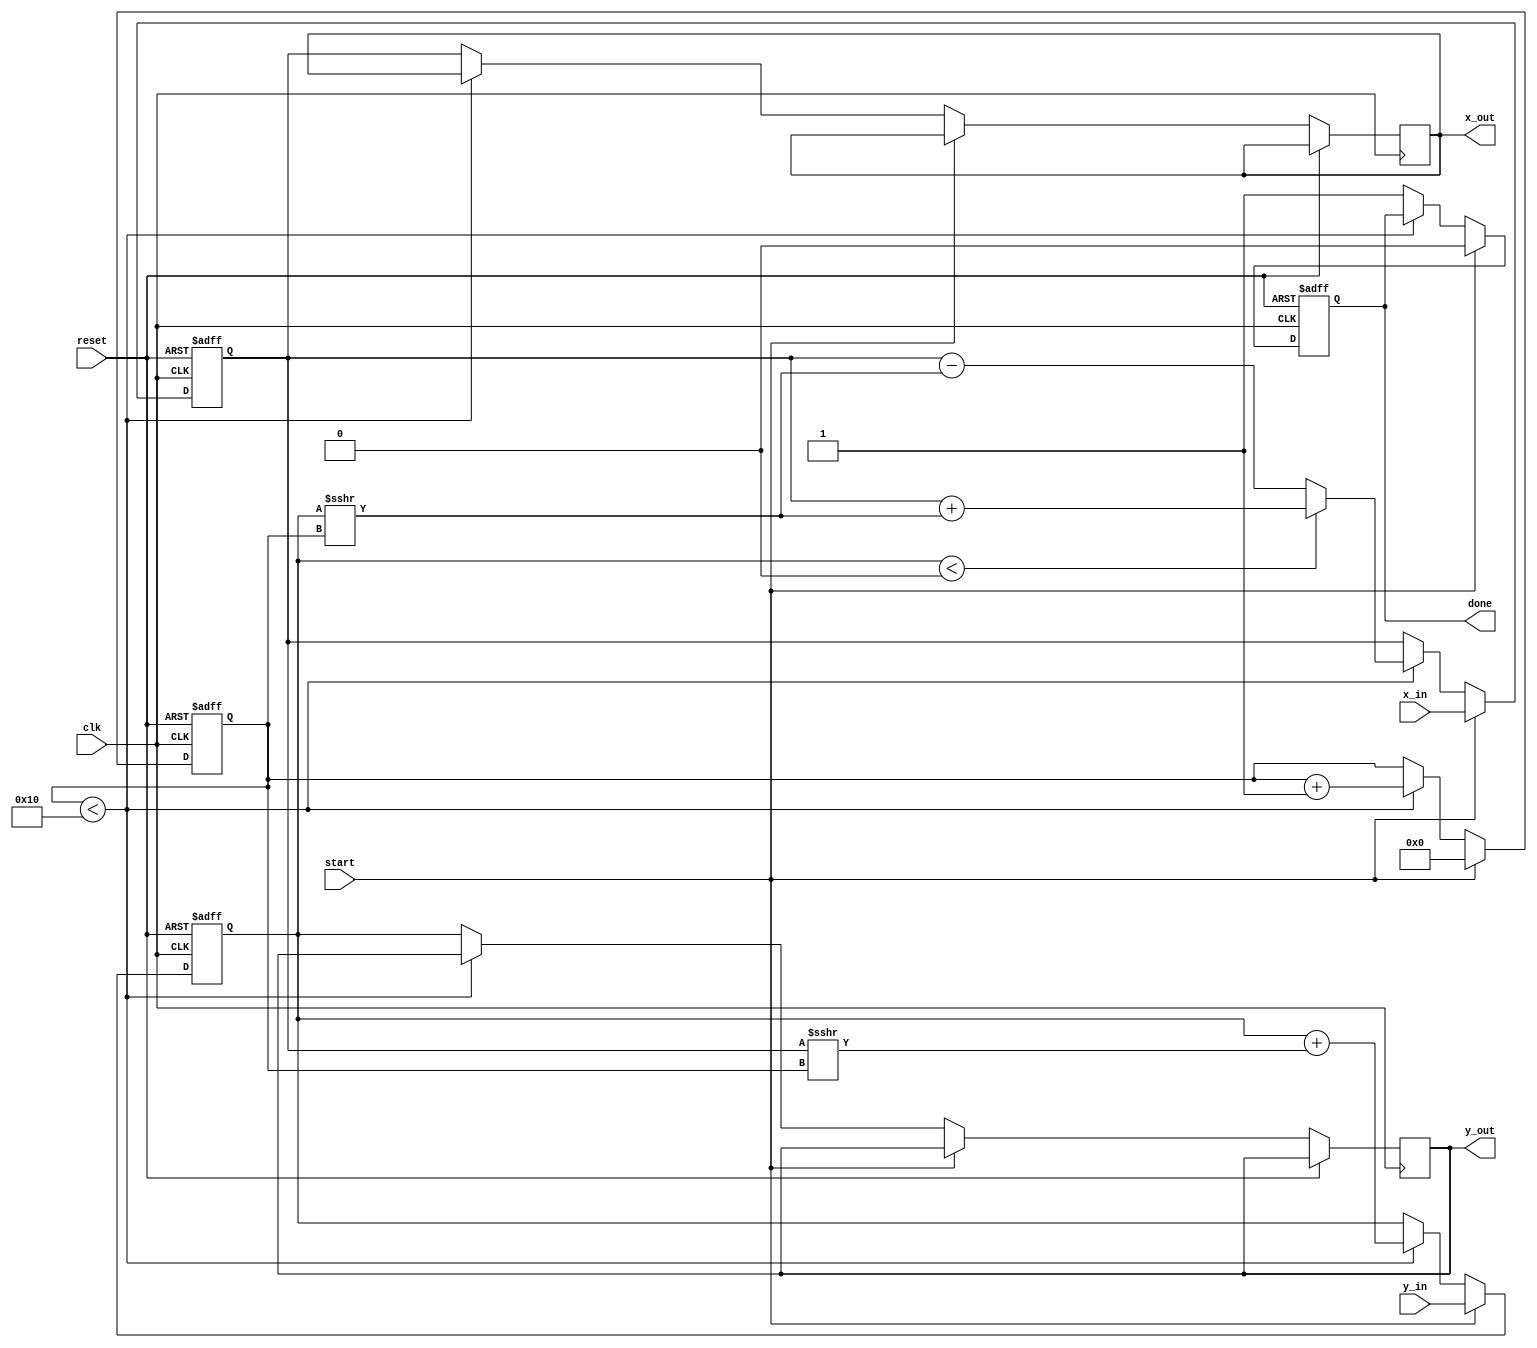
module modified_cordic #(
    parameter DATA_WIDTH = 16,        // Configurable data width (e.g., 16-bit, 32-bit)
    parameter NUM_ITERATIONS = 16     // Number of CORDIC iterations
) (
    input  wire clk,                  // Clock signal
    input  wire reset,                // Asynchronous reset signal
    input  wire start,                // Start signal for computation
    input  wire [DATA_WIDTH-1:0] x_in, // Input X coordinate
    input  wire [DATA_WIDTH-1:0] y_in, // Input Y coordinate
    output reg [DATA_WIDTH-1:0] x_out, // Output X coordinate
    output reg [DATA_WIDTH-1:0] y_out, // Output Y coordinate
    output reg done                   // Done signal for computation completion
);

    // Internal signals
    reg [DATA_WIDTH-1:0] x, y;
    reg [NUM_ITERATIONS-1:0] theta;   // Angle in radians (fixed point)
    reg [4:0] iteration_count;         // Iteration counter

    // Lookup table for arctangent values (fixed-point format)
    reg [DATA_WIDTH-1:0] atan_table [0:NUM_ITERATIONS-1];

    initial begin
        // Precompute arctangent values for the given iterations (example values)
        atan_table[0] = 16'h2000; // atan(1) = 0.785398 (approx. in Q1.15 format)
        atan_table[1] = 16'h1000; // atan(0.5) = 0.463648
        atan_table[2] = 16'h0800; // atan(0.25) = 0.244979
        // ...
        // Fill with more values as needed for NUM_ITERATIONS
    end

    // CORDIC iterative processing
    always @(posedge clk or posedge reset) begin
        if (reset) begin
            x <= 0;
            y <= 0;
            iteration_count <= 0;
            done <= 0;
        end else if (start) begin
            x <= x_in;
            y <= y_in;
            theta <= 0; // Initial angle
            iteration_count <= 0;
            done <= 0;
        end else if (iteration_count < NUM_ITERATIONS) begin
            if (y < 0) begin
                x <= x + (y >>> iteration_count);
                y <= y + (x >>> iteration_count);
                theta <= theta - atan_table[iteration_count];
            end else begin
                x <= x - (y >>> iteration_count);
                y <= y + (x >>> iteration_count);
                theta <= theta + atan_table[iteration_count];
            end
            iteration_count <= iteration_count + 1;
        end else begin
            x_out <= x;       // Output X coordinate
            y_out <= y;       // Output Y coordinate
            done <= 1;        // Indicate computation is done
        end
    end

endmodule